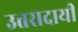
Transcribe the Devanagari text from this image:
उत्तरादायी